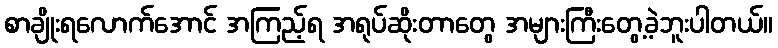
စာချိုးရလောက်အောင် အကြည့်ရ အရုပ်ဆိုးတာတွေ အများကြီးတွေ့ခဲ့ဘူးပါတယ်။